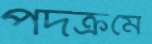
পদক্রমে